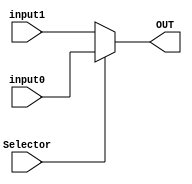
`timescale 1ns / 1ps


module MUX_2to1 (
	input input0,
	input input1,
	input Selector,
	output OUT
);
    
assign OUT = Selector ? input0 : input1; 
    
endmodule